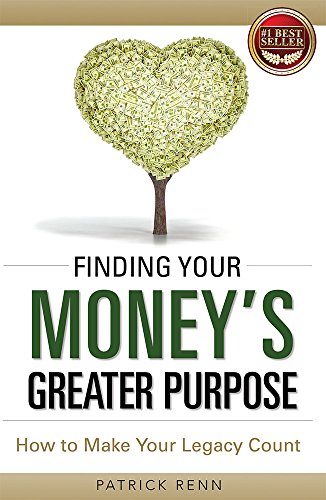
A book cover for Finding Your Money's Greater Purpose: How to Make Your Legacy Count; Patrick Renn; Business & Money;